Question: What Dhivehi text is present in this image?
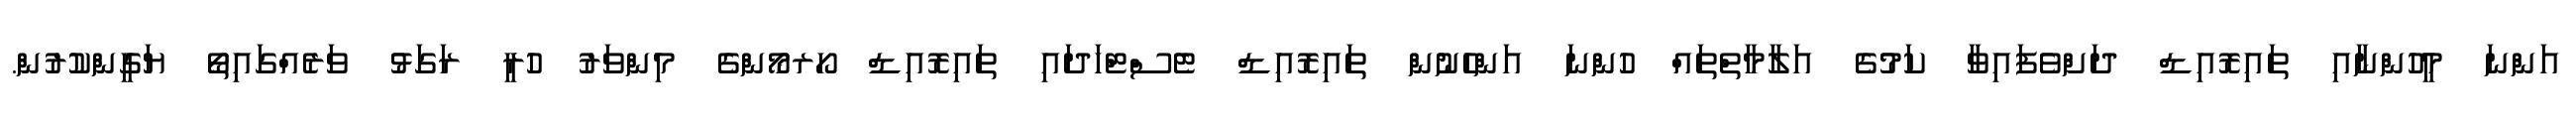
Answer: އަންނަ މީހުންނާއި ތައިރޮއިޑް ދަށްވެފައިވާ ކަމުގެ އަލާމާތްތައް ހުންނަ އަންހެނުން ތައިރޮއިޑް ޓެސްޓްހަދައި ތައިރޮއިޑް ހޯރމޯންގެ މިންވަރު ހުރީ ރަގަޅު ވަރެއްގައިތޯ ޔަގީންކުރުން.